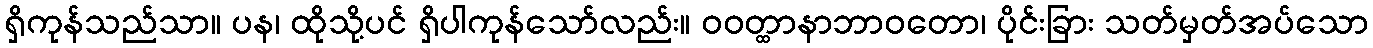
ရှိကုန်သည်သာ။ ပန၊ ထိုသို့ပင် ရှိပါကုန်သော်လည်း။ ဝဝတ္ထာနာဘာဝတော၊ ပိုင်းခြား သတ်မှတ်အပ်သော